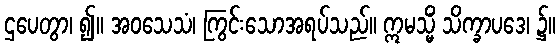
ဌပေတွာ၊ ၍။ အဝသေသံ၊ ကြွင်းသောအရပ်သည်။ ဣမသ္မိံ သိက္ခာပဒေ၊ ၌။